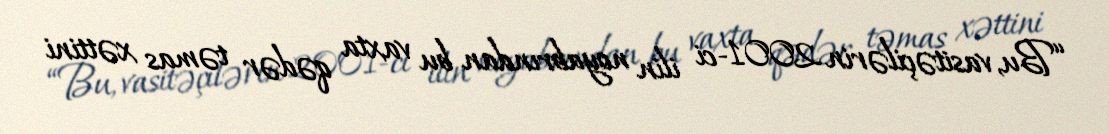
“Bu, vasitəçilərin 2001-ci ilin noyabrından bu vaxta qədər təmas xəttini